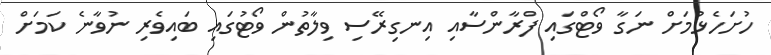
ހުށަހެޅުމަށް ނަގާ ވޯޓްގައި ފްރާންސާއި އިނގިރޭސި ވިލާތުން ވޯޓުގައި ބައިވެރި ނުވާނެ ކަމަށް